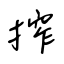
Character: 搾